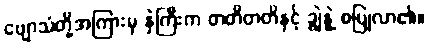
ဗျောသံတို့အကြားမှ နှဲကြီးက တတိတတိနှင့် ချွဲနွဲ့ စပြုလာ၏။